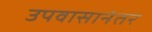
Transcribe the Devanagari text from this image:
उपवासानंतर